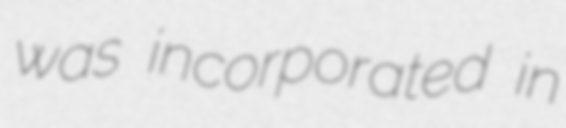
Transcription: was incorporated in